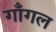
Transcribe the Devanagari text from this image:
गाँगल